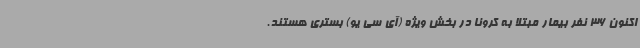
اکنون 36 نفر بیمار مبتلا به کرونا در بخش ویژه (آی سی یو) بستری هستند.